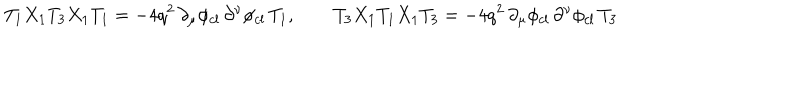
T _ { 1 } X _ { 1 } T _ { 3 } X _ { 1 } T _ { 1 } = - 4 q ^ { 2 } \, \partial _ { \mu } \phi _ { c l } \, \partial ^ { \nu } \phi _ { c l } \, T _ { 1 } , \qquad T _ { 3 } X _ { 1 } T _ { 1 } X _ { 1 } T _ { 3 } = - 4 q ^ { 2 } \, \partial _ { \mu } \phi _ { c l } \, \partial ^ { \nu } \phi _ { c l } \, T _ { 3 } \quad \quad \quad